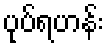
ပုပ်ရဟန်း